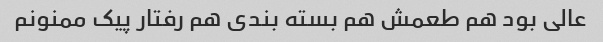
عالی بود هم طعمش هم بسته بندی هم رفتار پیک ممنونم